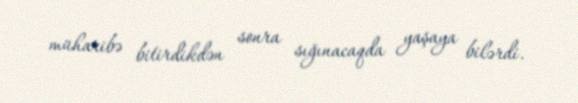
müharibə bitirdikdən sonra sığınacaqda yaşaya bilərdi.